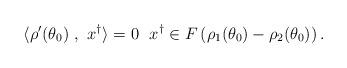
LaTeX: \begin{align*}\langle \rho'(\theta_{0})~,~x^{\dagger}\rangle = 0 ~~ x^{\dagger} \in F\left(\rho_{1}(\theta_{0}) - \rho_{2}(\theta_{0})\right).\end{align*}